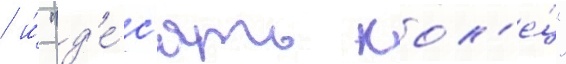
/ и́ "д'е́с'ять кол'е́ц"